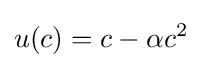
u(c)=c-\alpha c^{2}